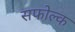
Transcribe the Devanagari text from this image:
सफोल्क